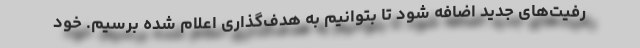
رفیت‌های جدید اضافه شود تا بتوانیم به هدف‌گذاری اعلام شده برسیم. خود